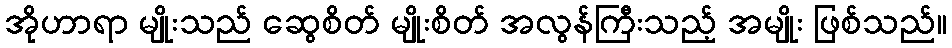
အိုဟာရာ မျိုးသည် ဆွေစိတ် မျိုးစိတ် အလွန်ကြီးသည့် အမျိုး ဖြစ်သည်။